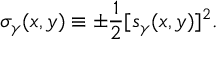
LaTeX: \sigma _ { \gamma } ( x , y ) \equiv \pm { \frac { 1 } { 2 } } [ s _ { \gamma } ( x , y ) ] ^ { 2 } .